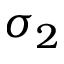
\sigma _ { 2 }